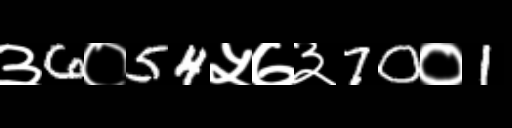
Text: ३6०54५७३70०1